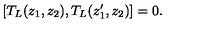
[ T _ { L } ( z _ { 1 } , z _ { 2 } ) , T _ { L } ( z _ { 1 } ^ { \prime } , z _ { 2 } ) ] = 0 .